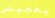
يعجبنى